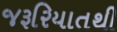
જરૂરિયાતથી